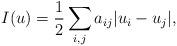
LaTeX: \begin{align*}I(u)=\frac{1}{2}\sum_{i,j}a_{ij} |u_i-u_j|,\end{align*}